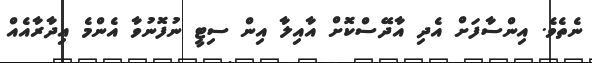
ނެތެވެ. އިންސާފަށް އެދި އާދޭސްކޮށް އާއިލާ އިން ސިޓީ ނުފޮނުވާ އެންމެ އިދާރާއެއް